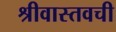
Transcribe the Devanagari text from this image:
श्रीवास्तवची